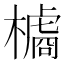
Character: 𱤞